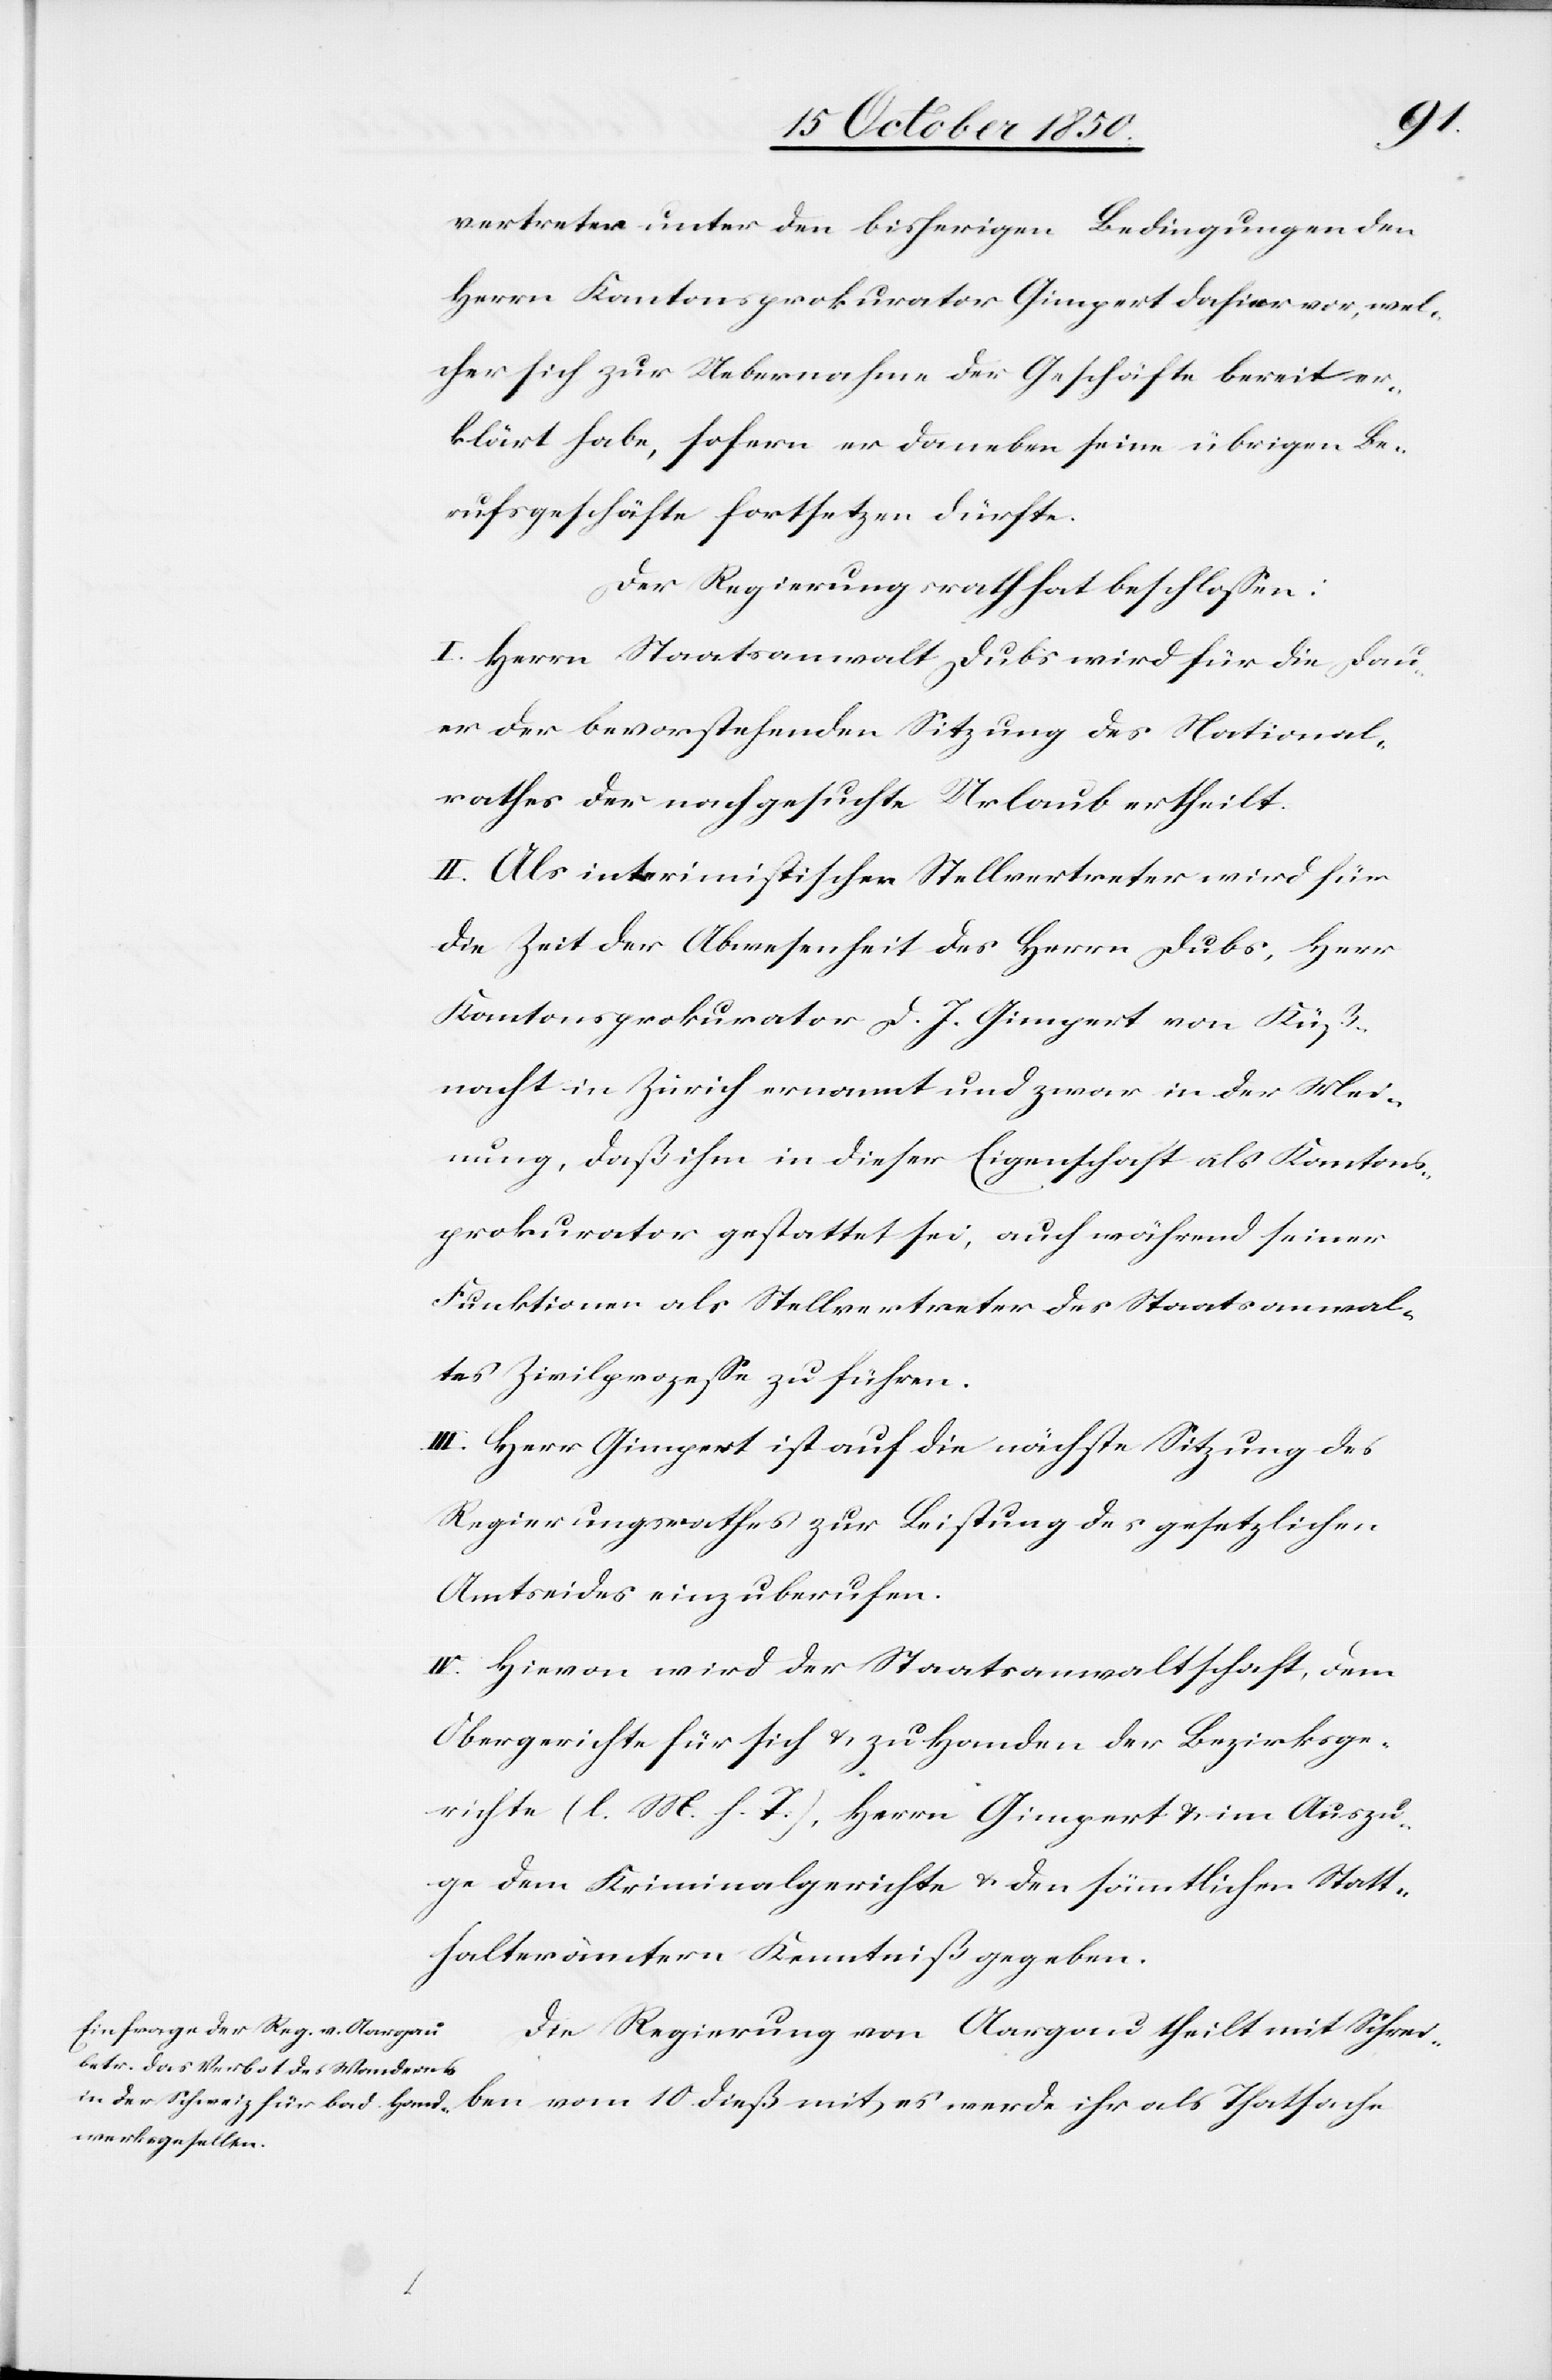
10.
vertreter unter den bisherigen Bedingungen den
Herrn Kantonsprokurator Gimpert dahier vor, wel¬
cher sich zur Uebernahme der Geschäfte bereit er¬
klärt habe, sofern er daneben seine übrigen Be¬
rufsgeschäfte fortsetzen dürfte.
Der Regierungsrath hat beschlossen:
I. Herrn Staatsanwalt Dubs wird für die Dau¬
er der bevorstehenden Sitzung des National¬
rathes der nachgesuchte Urlaub ertheilt.
II. Als interimistischer Stellvertreter wird für
die Zeit der Abwesenheit des Herrn Dubs, Herr
Kantonsprokurator D. J. Gimpert von Küß¬
nacht in Zürich ernannt und zwar in der Mei¬
nung, daß ihm in dieser Eigenschaft als Kantons¬
prokurator gestattet sei, auch während seiner
Funktionen als Stellvertreter des Staatsanwal¬
tes Zivilprozesse zu führen.
III. Herr Gimpert ist auf die nächste Sitzung des
Regierungsrathes zur Leistung des gesetzlichen
Amtseides einzuberufen.
IV. Hievon wird der Staatsanwaltschaft, dem
Obergerichte für sich u. zu Handen der Bezirksge¬
richte (l. M. h. T), Herrn Gimpert & im Auszu¬
ge dem Kriminalgerichte & den sämmtlichen Statt¬
halterämtern Kenntniß gegeben.
Die Regierung von Aargau theilt mit Schrei¬